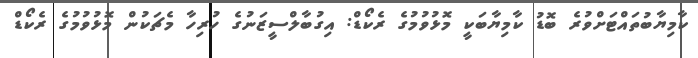
ކާމިޔާބުތައްޓަށްވުރެ ބޮޑު ކާމިޔާބަކީ މޮޅުވުމުގެ ރެކޯޑް: އިގުބާލްސީޒަނުގެ ހުރިހާ މެޗަކުން މޮޅުވުމުގެ ރެކޯޑް